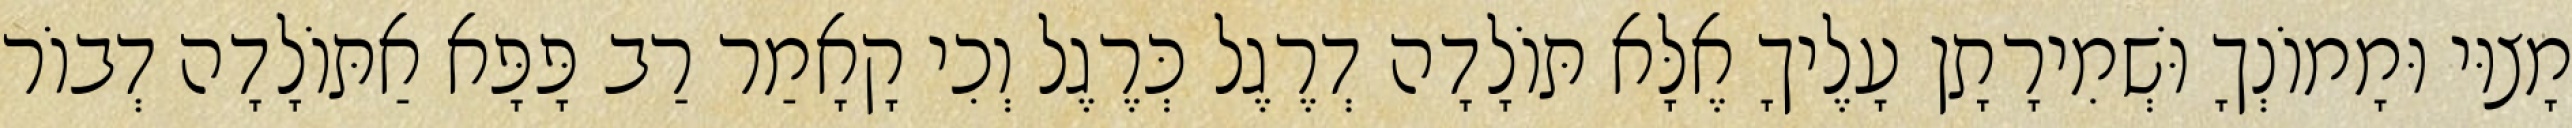
מָצוּי וּמָמוֹנְךָ וּשְׁמִירָתָן עָלֶיךָ אֶלָּא תּוֹלָדָה דְרֶגֶל כְּרֶגֶל וְכִי קָאָמַר רַב פָּפָּא אַתּוֹלָדָה דְבוֹר